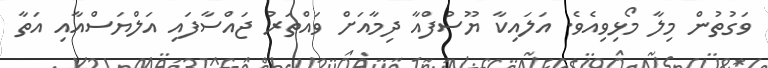
ވަގުތުން މިލާ މޯޅިވިއެވެ. އަލައިކާ ޔޫސުފްއާ ދިމާއަށް ވައްތަރު ޖައްސާފައި އަލްޔަސްއާއި އަތާ